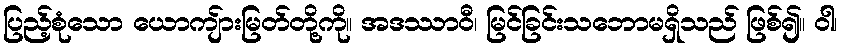
ပြည့်စုံသော ယောကျ်ားမြတ်တို့ကို။ အဒဿာဝီ၊ မြင်ခြင်းသဘောမရှိသည် ဖြစ်၍။ ဝါ၊